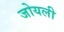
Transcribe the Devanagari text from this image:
जोयली